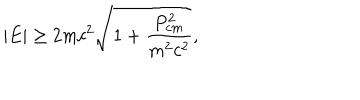
LaTeX: | E | \ge 2 m c ^ { 2 } \sqrt { 1 + \frac { P _ { c m } ^ { 2 } } { m ^ { 2 } c ^ { 2 } } } ,